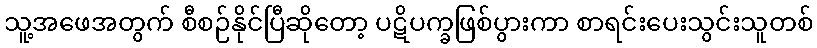
သူ့အဖေအတွက် စီစဉ်နိုင်ပြီဆိုတော့ ပဋိပက္ခဖြစ်ပွားကာ စာရင်းပေးသွင်းသူတစ်